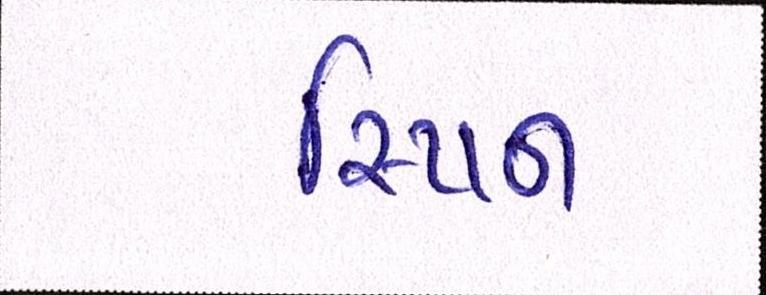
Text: સ્પિન